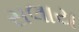
સલાય